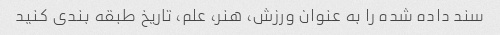
سند داده شده را به عنوان ورزش، هنر، علم، تاریخ طبقه بندی کنید